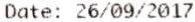
DATE: 26/09/2017